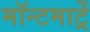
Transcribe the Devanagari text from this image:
मॉन्टमार्ट्रे